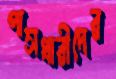
পাসধারীদের